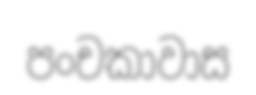
පංචකාවාස